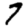
Digit: 7